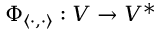
\Phi _ { \langle \cdot , \cdot \rangle } : V \to V ^ { * }